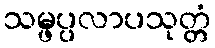
သမ္ဖပ္ပလာပသုတ္တံ